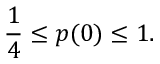
\frac { 1 } { 4 } \leq p ( 0 ) \leq 1 .